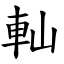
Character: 軕